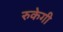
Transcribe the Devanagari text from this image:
रुकेगी